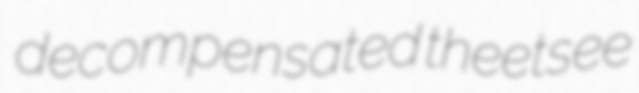
decompensated theetsee